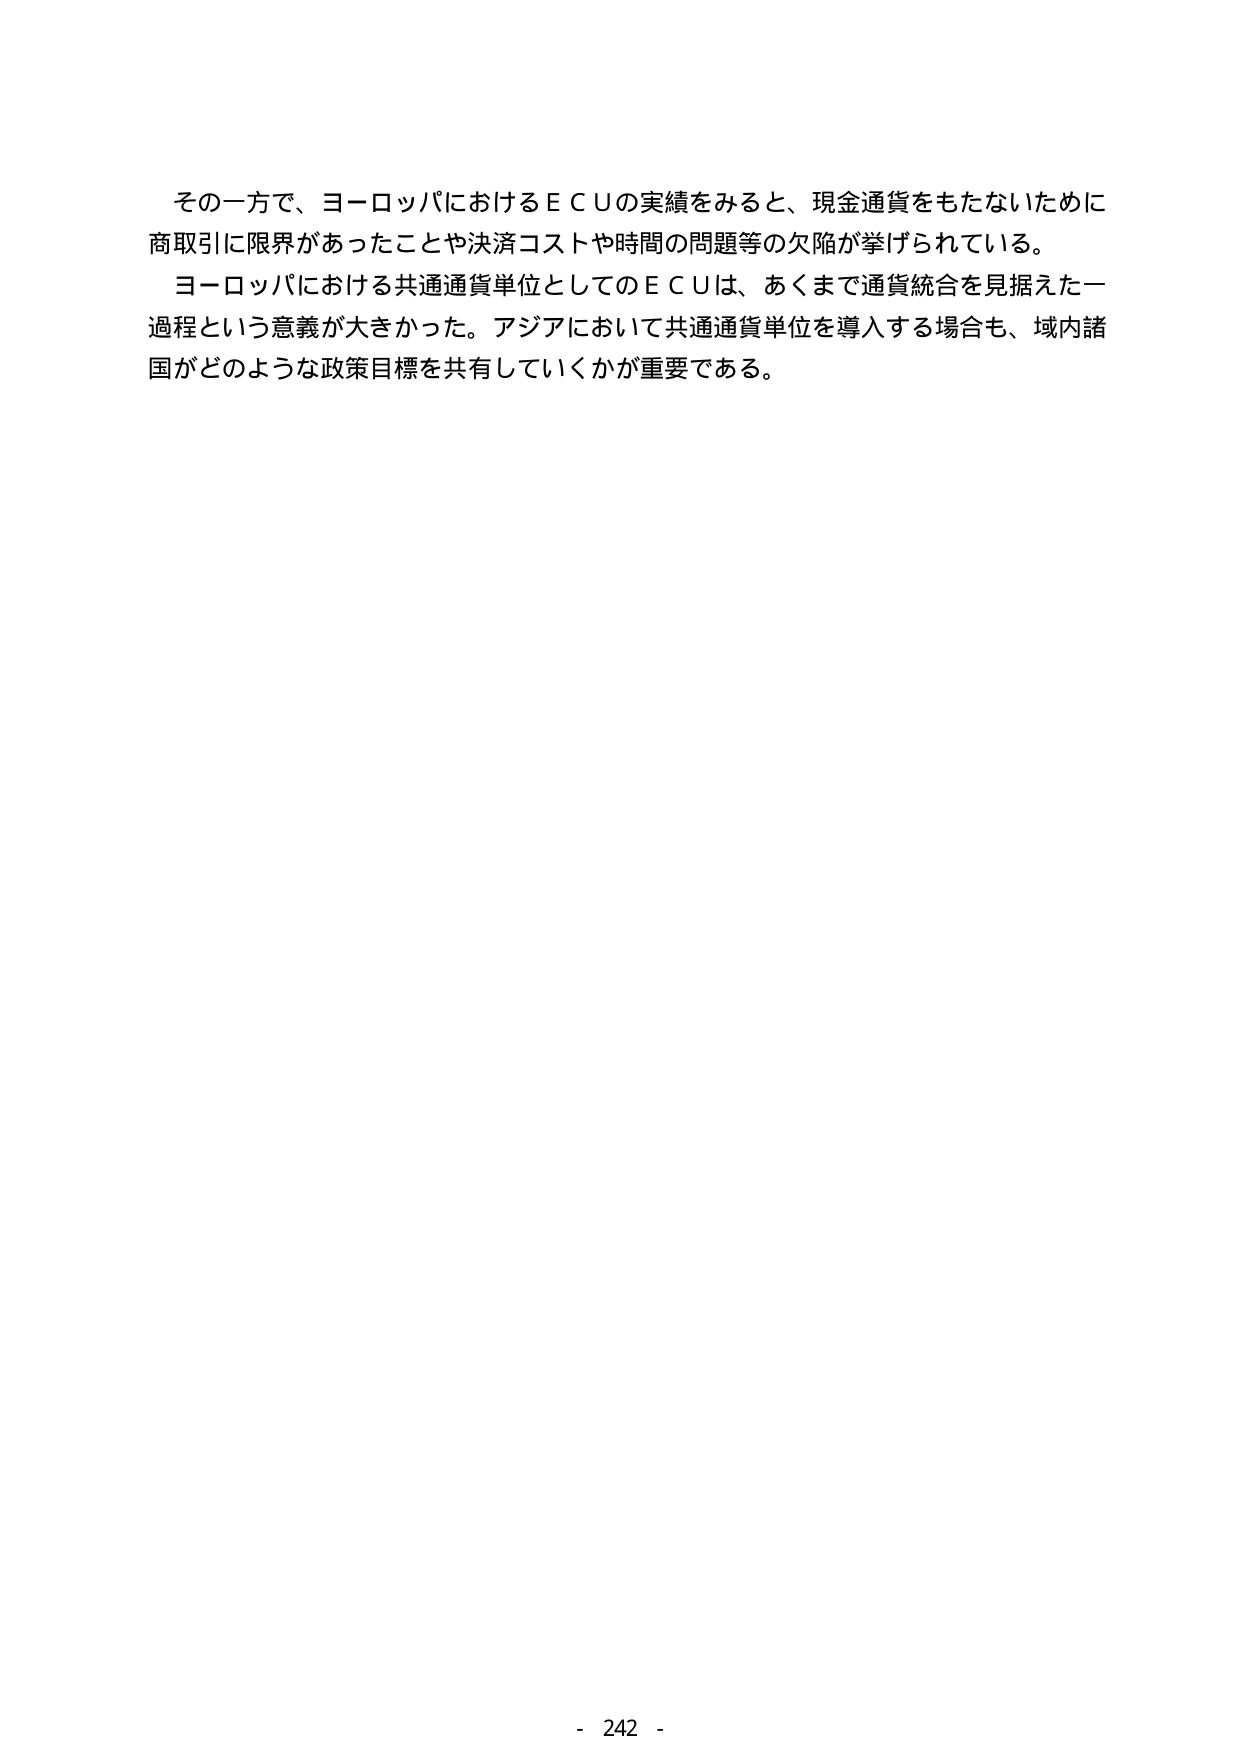
その一方で、ヨーロッパにおけるＥＣＵの実績をみると、現金通貨をもたないために商取引に限界があったことや決済コストや時間の問題等の欠陥が挙げられている。

ヨーロッパにおける共通通貨単位としてのＥＣＵは、あくまで通貨統合を見据えた一過程という意義が大きかった。アジアにおいて共通通貨単位を導入する場合も、域内諸国がどのような政策目標を共有していくかが重要である。

- 242 -